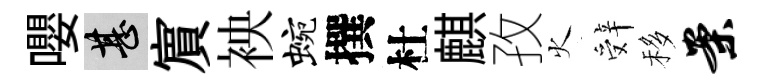
嚶甚賔䘧蜿撰杜麒孜火辤移案